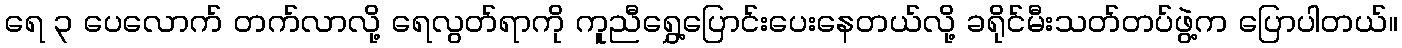
ရေ ၃ ပေလောက် တက်လာလို့ ရေလွတ်ရာကို ကူညီရွှေ့ပြောင်းပေးနေတယ်လို့ ခရိုင်မီးသတ်တပ်ဖွဲ့က ပြောပါတယ်။